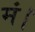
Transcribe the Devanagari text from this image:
मं।